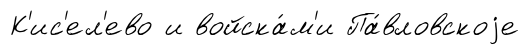
К'ис'ел'ево и войска́м'и Па́вловскоjе